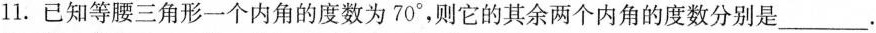
11. 已知等腰三角形一个内角的度数为70°，则它的其余两个内角的度数分别是___.